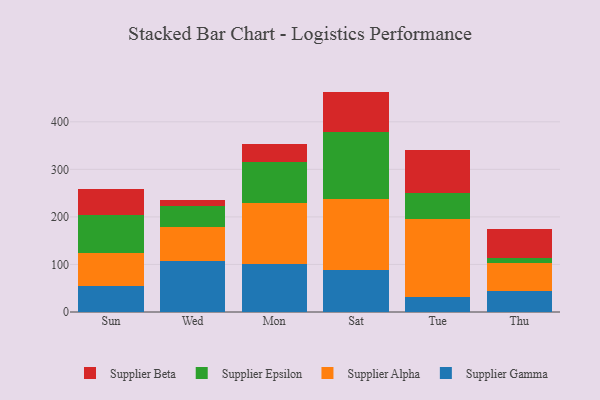
{"axis": {"x": "Day", "y": "Bounce Rate (%)"}, "legend": ["Supplier Alpha", "Supplier Beta", "Supplier Epsilon", "Supplier Gamma"], "data": [{"x": "Sun", "y": 55.2, "type": "Supplier Gamma"}, {"x": "Sun", "y": 68.4, "type": "Supplier Alpha"}, {"x": "Sun", "y": 80.7, "type": "Supplier Epsilon"}, {"x": "Sun", "y": 55.4, "type": "Supplier Beta"}, {"x": "Wed", "y": 107.5, "type": "Supplier Gamma"}, {"x": "Wed", "y": 71.3, "type": "Supplier Alpha"}, {"x": "Wed", "y": 44.5, "type": "Supplier Epsilon"}, {"x": "Wed", "y": 13.1, "type": "Supplier Beta"}, {"x": "Mon", "y": 101.1, "type": "Supplier Gamma"}, {"x": "Mon", "y": 128.8, "type": "Supplier Alpha"}, {"x": "Mon", "y": 85.3, "type": "Supplier Epsilon"}, {"x": "Mon", "y": 38.0, "type": "Supplier Beta"}, {"x": "Sat", "y": 88.5, "type": "Supplier Gamma"}, {"x": "Sat", "y": 148.6, "type": "Supplier Alpha"}, {"x": "Sat", "y": 140.8, "type": "Supplier Epsilon"}, {"x": "Sat", "y": 85.6, "type": "Supplier Beta"}, {"x": "Tue", "y": 31.1, "type": "Supplier Gamma"}, {"x": "Tue", "y": 163.5, "type": "Supplier Alpha"}, {"x": "Tue", "y": 54.8, "type": "Supplier Epsilon"}, {"x": "Tue", "y": 90.5, "type": "Supplier Beta"}, {"x": "Thu", "y": 43.3, "type": "Supplier Gamma"}, {"x": "Thu", "y": 60.0, "type": "Supplier Alpha"}, {"x": "Thu", "y": 9.4, "type": "Supplier Epsilon"}, {"x": "Thu", "y": 62.5, "type": "Supplier Beta"}]}